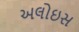
અલોઇસ